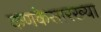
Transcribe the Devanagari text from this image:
कणकेसारख्या